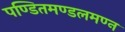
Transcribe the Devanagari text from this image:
पण्डितमण्डलमण्न